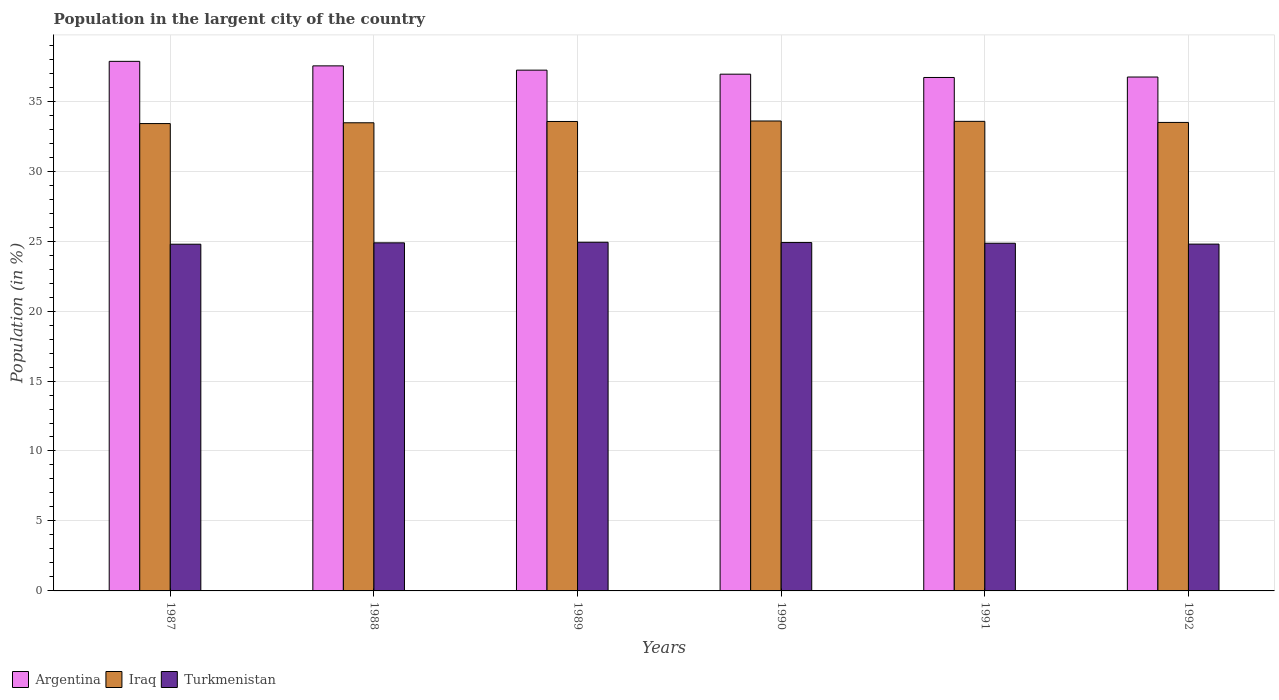
| Years | Argentina | Iraq | Turkmenistan |
 | --- | --- | --- | --- |
 | 1987 | 37.8 | 33.4 | 24.8 |
 | 1988 | 37.5 | 33.5 | 24.9 |
 | 1989 | 37.2 | 33.5 | 24.9 |
 | 1990 | 36.9 | 33.6 | 24.9 |
 | 1991 | 36.7 | 33.6 | 24.8 |
 | 1992 | 36.7 | 33.5 | 24.8 |